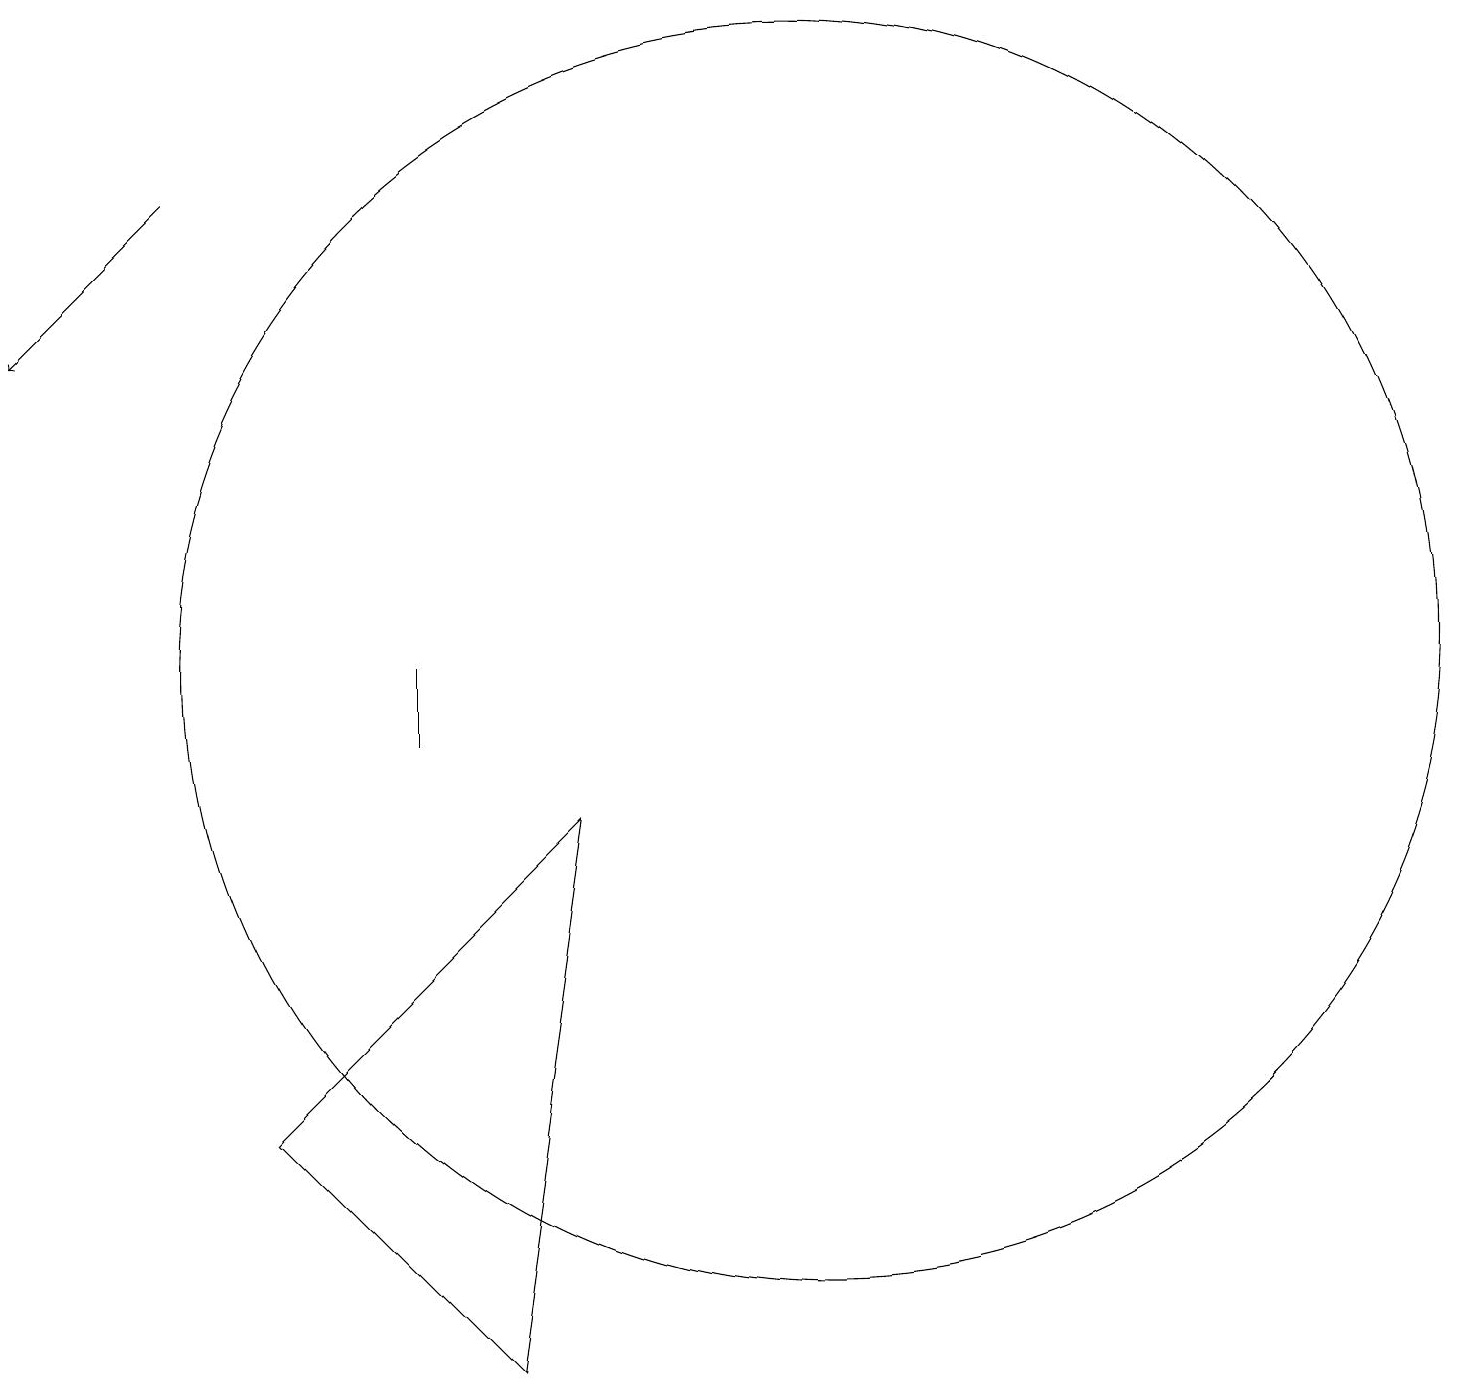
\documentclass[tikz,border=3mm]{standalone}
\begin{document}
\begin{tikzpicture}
\draw[->] (4,17) -- (2,15);
\draw (9,9) -- (8,2) -- (5,5) -- cycle;
\draw (12,11) circle (8);
\draw (7,10) rectangle (7,11);
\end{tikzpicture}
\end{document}